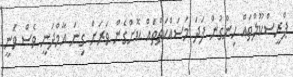
ޕްރީސްކޫލްތައް ހިންގުން ފަދަ މަސައްކަތްތައް ކޮށްގެން ވަރަށް ގިނަ އާމްދަނީ ވެސް ވަނީ